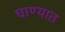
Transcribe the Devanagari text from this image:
घाण्यात